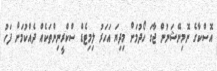
އޮސްކާގެ ނޮމިނޭޝަނުން ޖާގަ ހޯދުމަށް މިދިޔަ އަހަރު ލިމިޓެޑް ސްކްރީނިންތަކެއް ދެއްކުމަށް ފަހު